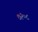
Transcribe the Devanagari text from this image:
७२०८